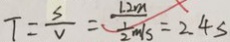
T = \frac { \lambda } { v } = \frac { 1 . 2 m } { \frac { 1 } { 2 } m / s } = 2 . 4 s